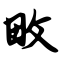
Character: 畋